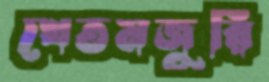
খেতমজুরি